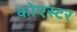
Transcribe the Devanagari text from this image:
कोएस्टर